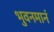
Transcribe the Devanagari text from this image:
भुवनमानं